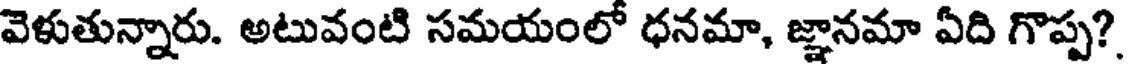
వెళుతున్నారు. అటువంటి సమయంలో ధనమా, జ్ఞానమా ఏది గొప్ప?